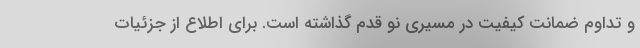
و تداوم ضمانت کیفیت در مسیری نو قدم گذاشته است. برای اطلاع از جزئیات